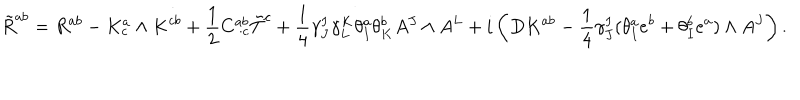
\tilde { R } ^ { a b } = R ^ { a b } - K _ { c } ^ { a } \wedge K ^ { c b } + \frac { 1 } { 2 } C _ { \; \cdot c } ^ { a b } \tilde { T } ^ { c } + \frac { 1 } { 4 } \gamma _ { J } ^ { I } \gamma _ { L } ^ { K } \theta _ { I } ^ { a } \theta _ { K } ^ { b } A ^ { J } \wedge A ^ { L } + i \left( D K ^ { a b } - \frac { 1 } { 4 } \gamma _ { J } ^ { I } ( \theta _ { I } ^ { a } e ^ { b } + \theta _ { I } ^ { b } e ^ { a } ) \wedge A ^ { J } \right) .